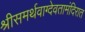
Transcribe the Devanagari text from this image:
श्रीसमर्थवाग्देवतामंदिरात